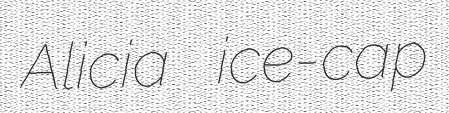
Alicia ice-cap